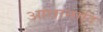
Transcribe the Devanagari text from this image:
आधानादि